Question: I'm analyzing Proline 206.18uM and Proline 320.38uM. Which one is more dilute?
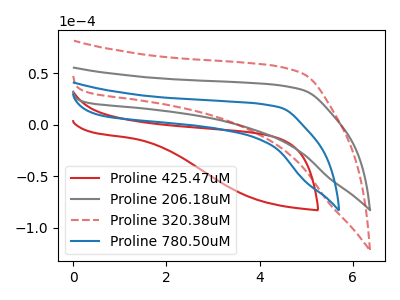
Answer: <think>The red curve "Proline 425.47uM" has no peaks. The gray curve "Proline 206.18uM" has no peaks. The red dashed curve "Proline 320.38uM" has no peaks. The blue curve "Proline 780.50uM" has no peaks.
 Neither "Proline 206.18uM" or "Proline 320.38uM" have any peaks.</think>
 <answer>I cant tell if "Proline 206.18uM" or "Proline 320.38uM" has higher concentration.</answer>
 <eval>mixed_concentration</eval>